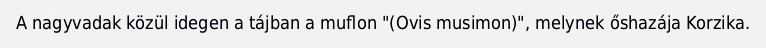
A nagyvadak közül idegen a tájban a muflon "(Ovis musimon)", melynek őshazája Korzika.